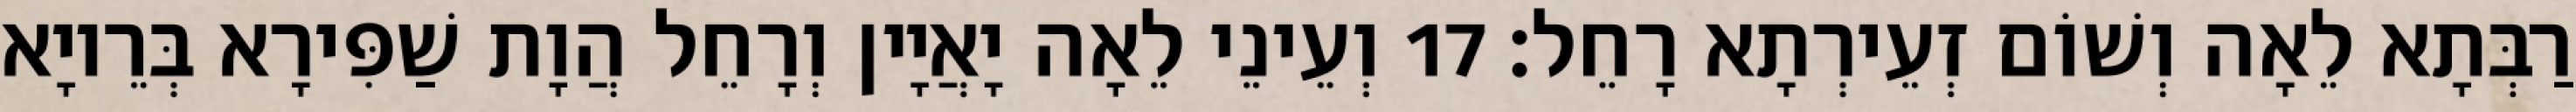
רַבְּתָא לֵאָה וְשׁוֹם זְעֵירְתָא רָחֵל׃ 17 וְעֵינֵי לֵאָה יָאֲיָין וְרָחֵל הֲוָת שַׁפִּירָא בְּרֵיוָא